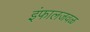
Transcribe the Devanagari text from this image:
इंफालजवळ